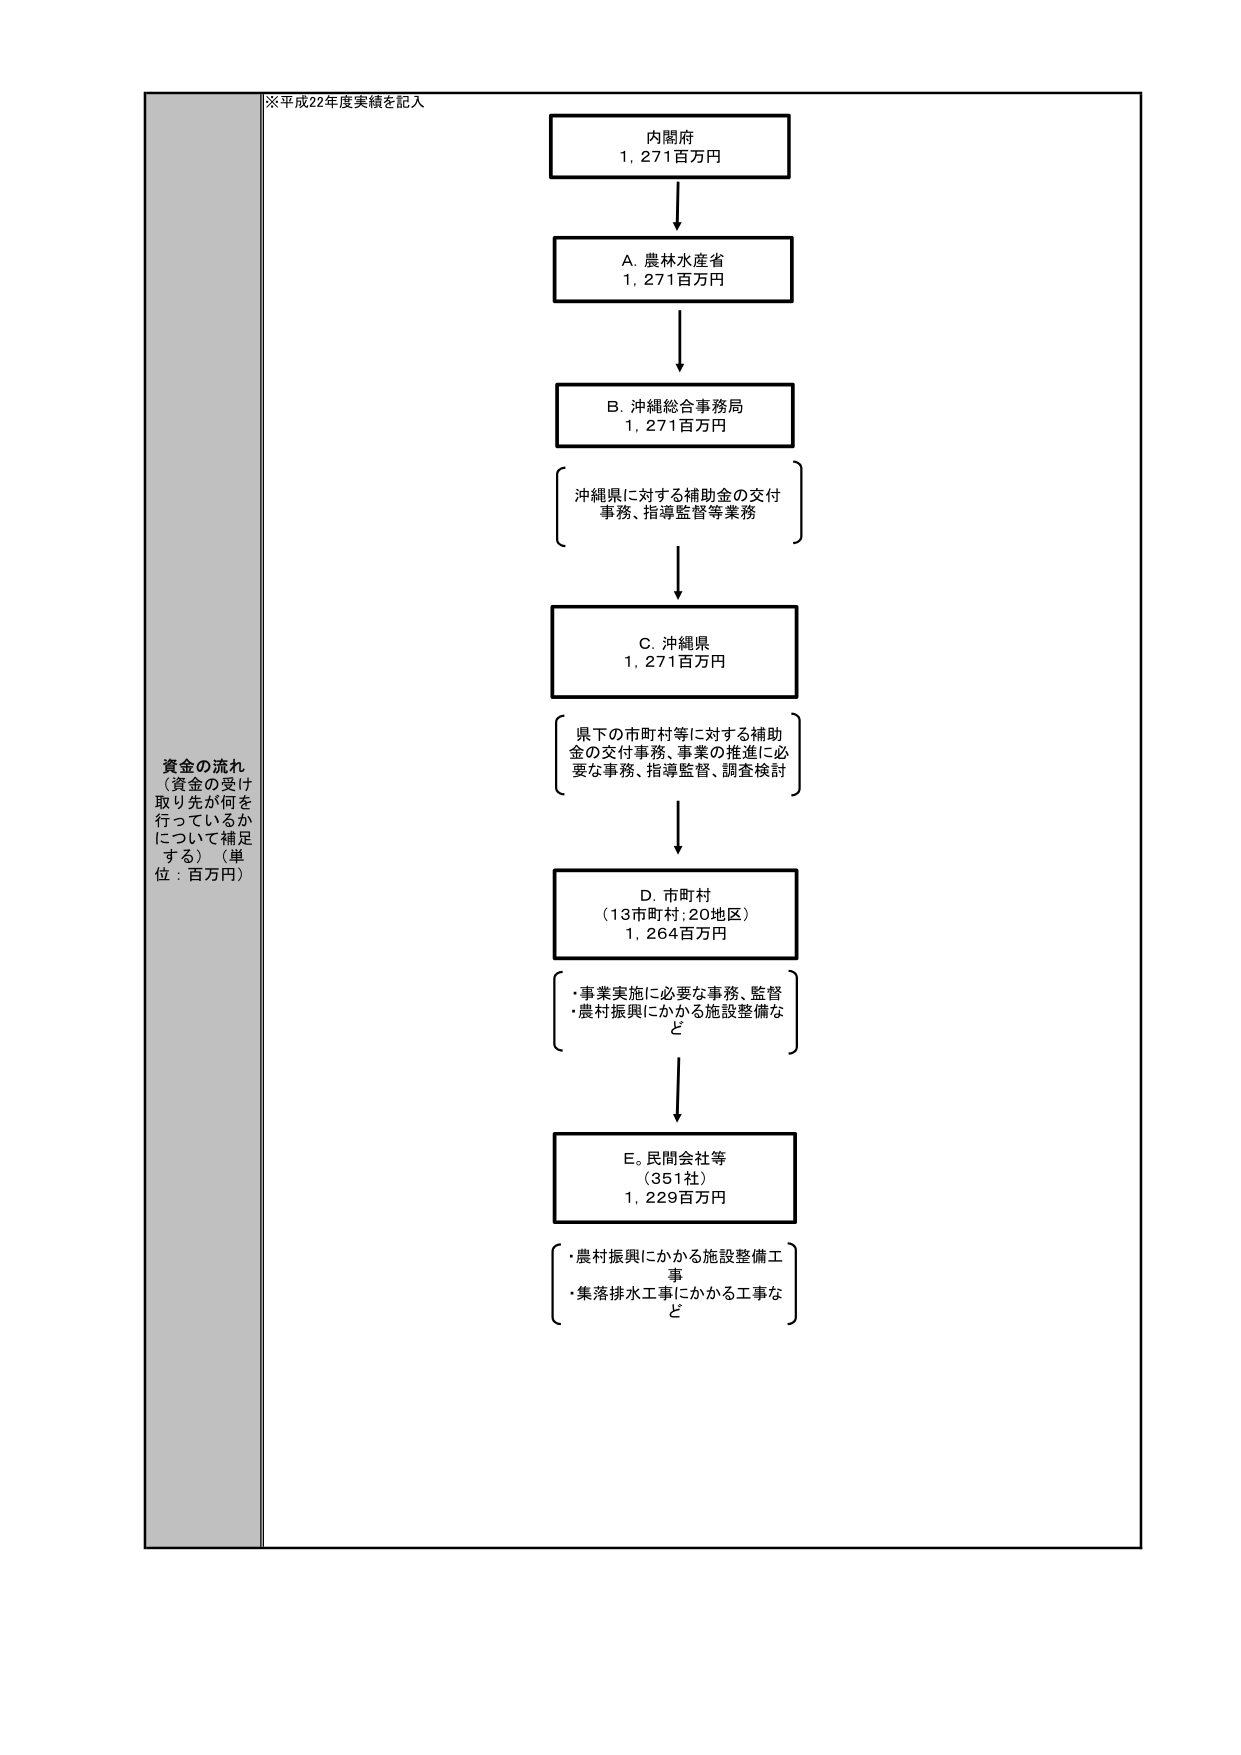
※平成22年度実績を記入

内閣府
1,271百万円

A. 農林水産省
1,271百万円

B. 沖縄総合事務局
1,271百万円
{ 沖縄県に対する補助金の交付
  事務、指導監督等業務 }

C. 沖縄県
1,271百万円
{ 県下の市町村等に対する補助
  金の交付事務、事業の推進に必
  要な事務、指導監督、調査検討 }

D. 市町村
（13市町村：20地区）
1,264百万円
{ ・事業実施に必要な事務、監督
  ・農村振興にかかる施設整備な
    ど }

E. 民間会社等
（351社）
1,229百万円
{ ・農村振興にかかる施設整備工
  事
  ・集落排水工事にかかる工事な
    ど }

資金の流れ
（資金の受け
取り先が何を
行っているか
について補足
する）（単
位：百万円）